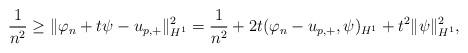
LaTeX: \begin{align*}\frac{1}{n^2}\geq \| \varphi_n+t\psi-u_{p,+}\|_{H^1}^2=\frac{1}{n^2}+2t(\varphi_n-u_{p,+},\psi)_{H^1} +t^2\|\psi\|^2_{H^1},\end{align*}